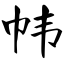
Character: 帏